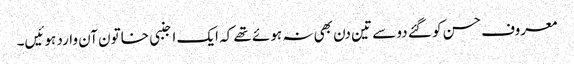
معروف حسن کو گئے دو سے تین دن بھی نہ ہوئے تھے کہ ایک اجنبی خاتون آن وارد ہوئیں۔